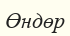
Өндөр